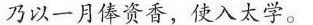
乃以一月俸资香，使入太学。